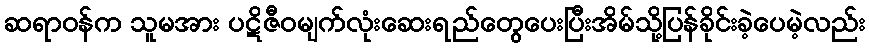
ဆရာဝန်က သူမအား ပဋိဇီဝမျက်လုံးဆေးရည်တွေပေးပြီးအိမ်သို့ပြန်ခိုင်းခဲ့ပေမဲ့လည်း